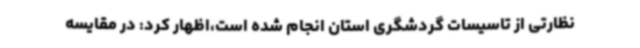
نظارتی از تاسیسات گردشگری استان انجام شده است،اظهار کرد: در مقایسه